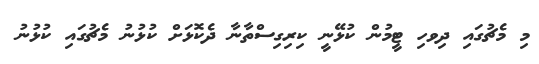
މި މެޗުގައި ދިވހި ޓީމުން ކުޅޭނީ ކިރިގިސްތާނާ ދެކޮޅަށް ކުޅުނު މެޗުގައި ކުޅުނު